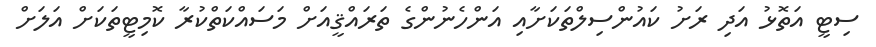
ސިޓީ އަތޮޅު އަދި ރަށު ކައުންސިލްތަކަށާއި އަންހެނުންގެ ތަރައްޤީއަށް މަސައްކަތްކުރާ ކޮމިޓީތަކަށް އަލަށް